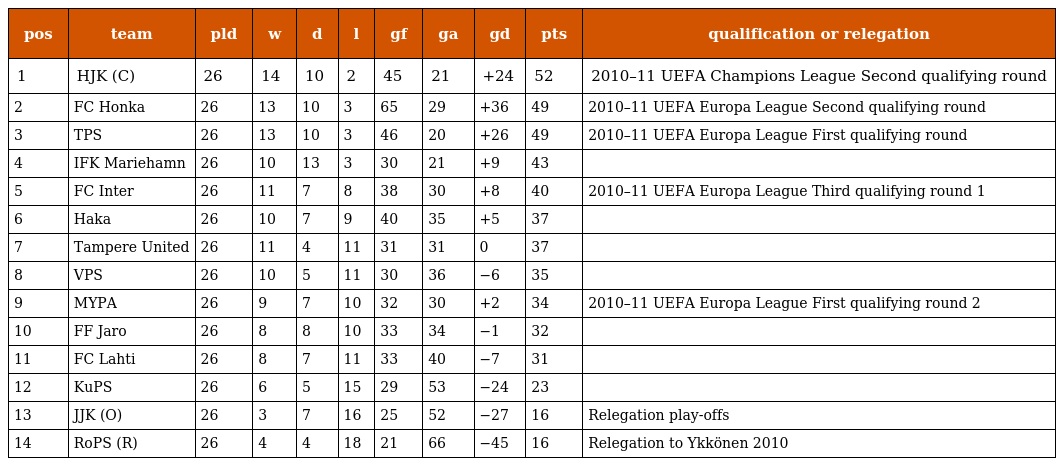
| pos | team | pld | w | d | l | gf | ga | gd | pts | qualification or relegation |
 | --- | --- | --- | --- | --- | --- | --- | --- | --- | --- | --- |
 | 1 | HJK (C) | 26 | 14 | 10 | 2 | 45 | 21 | +24 | 52 | 2010–11 UEFA Champions League Second qualifying round |
 | 2 | FC Honka | 26 | 13 | 10 | 3 | 65 | 29 | +36 | 49 | 2010–11 UEFA Europa League Second qualifying round |
 | 3 | TPS | 26 | 13 | 10 | 3 | 46 | 20 | +26 | 49 | 2010–11 UEFA Europa League First qualifying round |
 | 4 | IFK Mariehamn | 26 | 10 | 13 | 3 | 30 | 21 | +9 | 43 |  |
 | 5 | FC Inter | 26 | 11 | 7 | 8 | 38 | 30 | +8 | 40 | 2010–11 UEFA Europa League Third qualifying round 1 |
 | 6 | Haka | 26 | 10 | 7 | 9 | 40 | 35 | +5 | 37 |  |
 | 7 | Tampere United | 26 | 11 | 4 | 11 | 31 | 31 | 0 | 37 |  |
 | 8 | VPS | 26 | 10 | 5 | 11 | 30 | 36 | −6 | 35 |  |
 | 9 | MYPA | 26 | 9 | 7 | 10 | 32 | 30 | +2 | 34 | 2010–11 UEFA Europa League First qualifying round 2 |
 | 10 | FF Jaro | 26 | 8 | 8 | 10 | 33 | 34 | −1 | 32 |  |
 | 11 | FC Lahti | 26 | 8 | 7 | 11 | 33 | 40 | −7 | 31 |  |
 | 12 | KuPS | 26 | 6 | 5 | 15 | 29 | 53 | −24 | 23 |  |
 | 13 | JJK (O) | 26 | 3 | 7 | 16 | 25 | 52 | −27 | 16 | Relegation play-offs |
 | 14 | RoPS (R) | 26 | 4 | 4 | 18 | 21 | 66 | −45 | 16 | Relegation to Ykkönen 2010 |